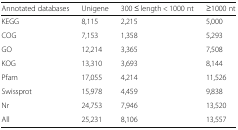
<table><thead><tr><td><b>Annotated databases</b></td><td><b>Unigene</b></td><td><b>300 ≤ length &lt; 1000 nt</b></td><td><b>≥1000 nt</b></td></tr></thead><tbody><tr><td>KEGG</td><td>8,115</td><td>2,215</td><td>5,000</td></tr><tr><td>COG</td><td>7,153</td><td>1,358</td><td>5,293</td></tr><tr><td>GO</td><td>12,214</td><td>3,365</td><td>7,508</td></tr><tr><td>KOG</td><td>13,310</td><td>3,693</td><td>8,144</td></tr><tr><td>Pfam</td><td>17,055</td><td>4,214</td><td>11,526</td></tr><tr><td>Swissprot</td><td>15,978</td><td>4,459</td><td>9,838</td></tr><tr><td>Nr</td><td>24,753</td><td>7,946</td><td>13,520</td></tr><tr><td>All</td><td>25,231</td><td>8,106</td><td>13,557</td></tr></tbody></table>